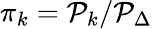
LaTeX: \pi_{k}=\mathcal{P}_{k}/\mathcal{P}_{\Delta}